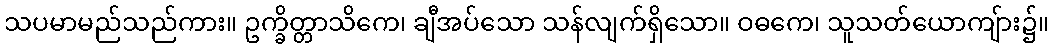
သပမာမည်သည်ကား။ ဥက္ခိတ္တာသိကေ၊ ချီအပ်သော သန်လျက်ရှိသော။ ဝဓကေ၊ သူသတ်ယောကျ်ား၌။